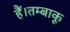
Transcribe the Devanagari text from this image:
हैं।तम्बाकू